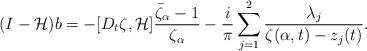
LaTeX: \begin{align*}(I-\mathcal{H})b= -[D_t\zeta, \mathcal{H}]\frac{\bar{\zeta}_{\alpha}-1}{\zeta_{\alpha}}-\frac{i}{\pi} \sum_{j=1}^2 \frac{\lambda_j}{\zeta(\alpha,t)-z_j(t)}.\end{align*}